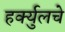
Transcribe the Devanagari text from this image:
हर्क्युलचे